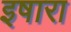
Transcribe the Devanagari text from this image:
इषारा